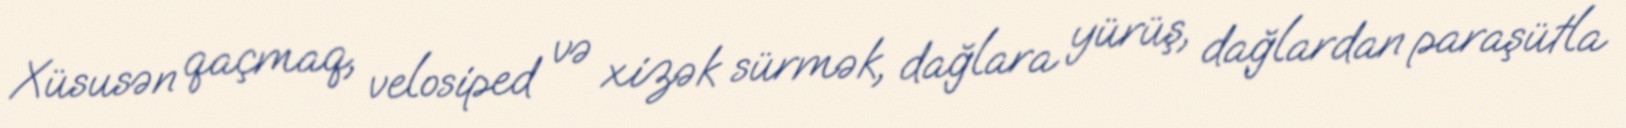
Xüsusən qaçmaq, velosiped və xizək sürmək, dağlara yürüş, dağlardan paraşütla